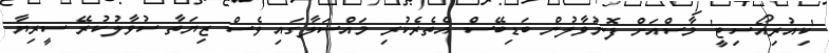
'ކިއުރިއޯސިޓީ' މާސްއަށް ފޮނުވާލުން ބަޑިބޭސް އެތެރެކުރި މައްސަލާގައި ވެސް ޒިޔަތާ ސުވާލުކުރޭ ސީރިޔާ